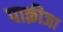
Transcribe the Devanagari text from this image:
पाक़ीजा